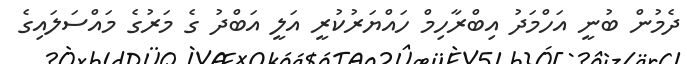
ދެމުން ބުނީ އަހްމަދު އިބްރާހިމް ހައްޔަރުކުރީ އަލީ އަބްދު ގެ މަރުގެ މައްސަލައިގެ